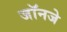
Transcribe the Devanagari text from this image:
जॉनजे